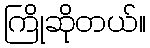
ကြိုဆိုတယ်။